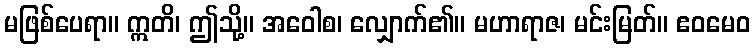
မဖြစ်ပေရာ။ ဣတိ၊ ဤသို့။ အဝေါစ၊ လျှောက်၏။ မဟာရာဇ၊ မင်းမြတ်။ ဧဝမေဝ